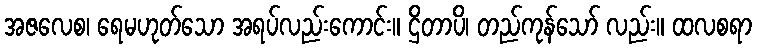
အဇလေစ၊ ရေမဟုတ်သော အရပ်လည်းကောင်း။ ဌိတာပိ၊ တည်ကုန်သော် လည်း။ ထလစရာ